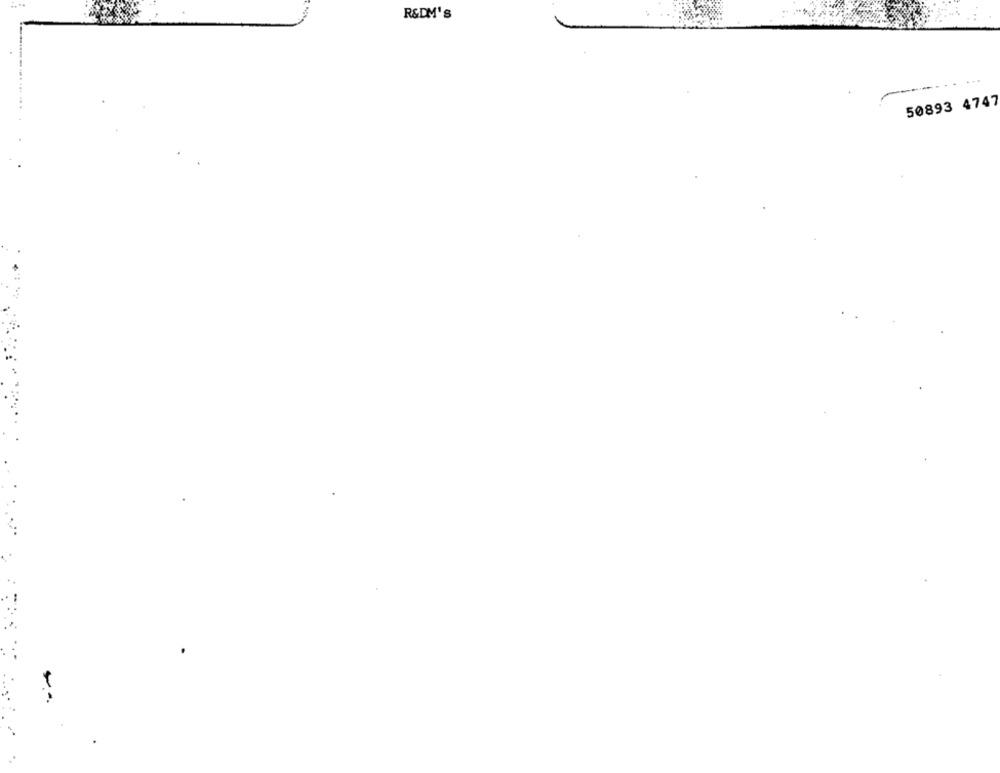
R&DM's
50893 4747